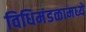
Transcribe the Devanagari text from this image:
विधिमंडळामध्‍ये